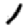
Digit: 1